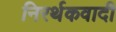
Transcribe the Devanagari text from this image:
निरर्थकवादी